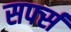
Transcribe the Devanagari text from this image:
सर्फ्स